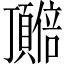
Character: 𬱎